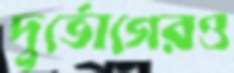
দুর্ভোগেরও